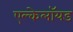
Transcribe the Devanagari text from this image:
एल्केलॉयड